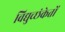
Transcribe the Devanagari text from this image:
विद्युच्छंकेतों